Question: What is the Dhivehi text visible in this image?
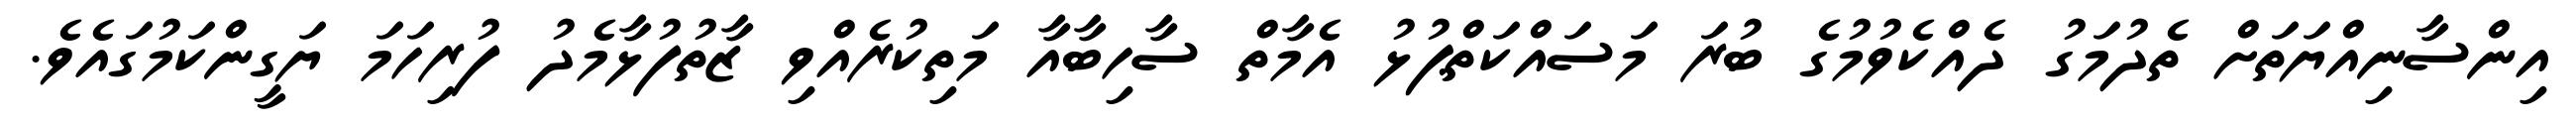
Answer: އިންސާނިއްޔަތަށް ތެދުމަގު ދެއްކެވުމުގެ ބުރަ މަސައްކަތްޕުޅު އެމާތް ސާހިބާއާ މަތިކުރެއްވި ޒާތުފުޅާމެދު ފުރިހަމަ ޔަގީންކަމުގައެވެ.